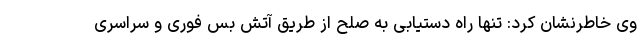
وی خاطرنشان کرد: تنها راه دستیابی به صلح از طریق آتش بس فوری و سراسری